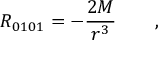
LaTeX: R _ { 0 1 0 1 } = - \frac { 2 M } { r ^ { 3 } } \qquad ,